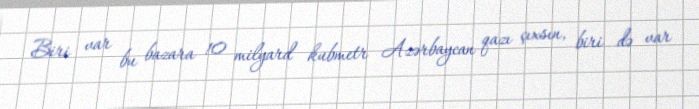
Biri var bu bazara 10 milyard kubmetr Azərbaycan qazı çıxsın, biri də var